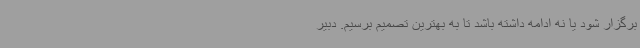
برگزار شود یا نه ادامه داشته باشد تا به بهترین تصمیم برسیم. دبیر